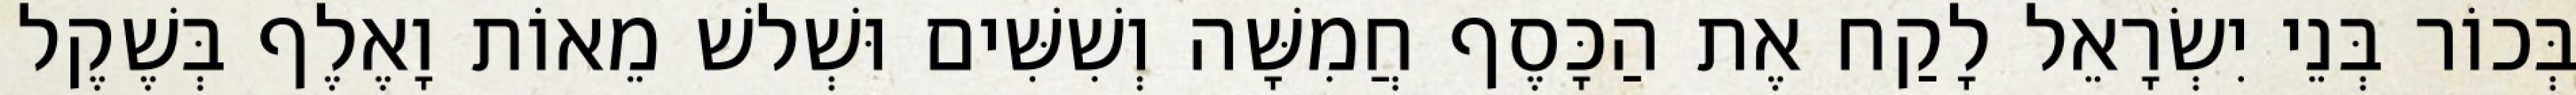
בְּכוֹר בְּנֵי יִשְׂרָאֵל לָקַח אֶת הַכָּסֶף חֲמִשָּׁה וְשִׁשִּׁים וּשְׁלשׁ מֵאוֹת וָאֶלֶף בְּשֶׁקֶל